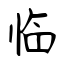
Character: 临